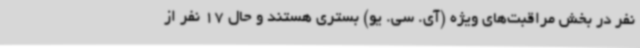
نفر در بخش مراقبت‌های ویژه (آی. سی. یو) بستری هستند و حال 17 نفر از